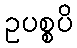
ဥပစ္စပိ